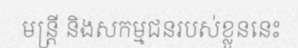
មន្ត្រី និងសកម្មជនរបស់ខ្លួននេះ